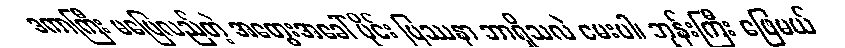
ဒကာကြီး မပြေလည်တဲ့ အတွေးအခေါ် ပိုင်း ပြဿနာ ဘာရှိသလဲ မေးပါ၊ ဘုန်းကြီး ဖြေမယ်